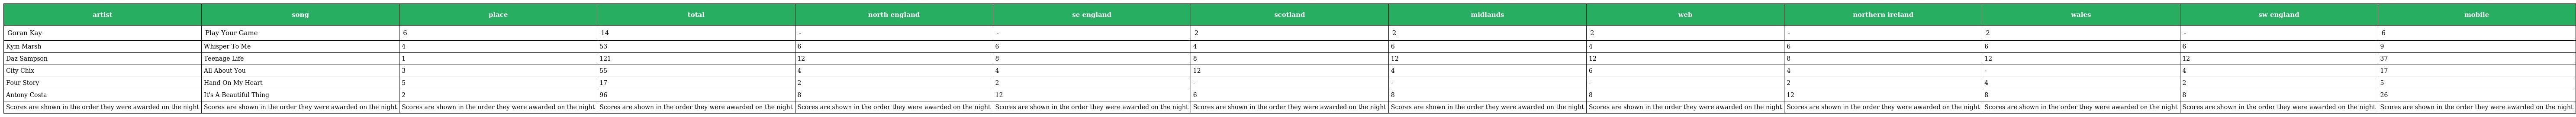
| artist | song | place | total | north england | se england | scotland | midlands | web | northern ireland | wales | sw england | mobile |
 | --- | --- | --- | --- | --- | --- | --- | --- | --- | --- | --- | --- | --- |
 | Goran Kay | Play Your Game | 6 | 14 | - | - | 2 | 2 | 2 | - | 2 | - | 6 |
 | Kym Marsh | Whisper To Me | 4 | 53 | 6 | 6 | 4 | 6 | 4 | 6 | 6 | 6 | 9 |
 | Daz Sampson | Teenage Life | 1 | 121 | 12 | 8 | 8 | 12 | 12 | 8 | 12 | 12 | 37 |
 | City Chix | All About You | 3 | 55 | 4 | 4 | 12 | 4 | 6 | 4 | - | 4 | 17 |
 | Four Story | Hand On My Heart | 5 | 17 | 2 | 2 | - | - | - | 2 | 4 | 2 | 5 |
 | Antony Costa | It's A Beautiful Thing | 2 | 96 | 8 | 12 | 6 | 8 | 8 | 12 | 8 | 8 | 26 |
 | Scores are shown in the order they were awarded on the night | Scores are shown in the order they were awarded on the night | Scores are shown in the order they were awarded on the night | Scores are shown in the order they were awarded on the night | Scores are shown in the order they were awarded on the night | Scores are shown in the order they were awarded on the night | Scores are shown in the order they were awarded on the night | Scores are shown in the order they were awarded on the night | Scores are shown in the order they were awarded on the night | Scores are shown in the order they were awarded on the night | Scores are shown in the order they were awarded on the night | Scores are shown in the order they were awarded on the night | Scores are shown in the order they were awarded on the night |